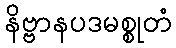
နိဗ္ဗာနပဒမစ္စုတံ